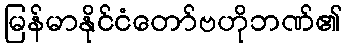
မြန်မာနိုင်ငံတော်ဗဟိုဘဏ်၏